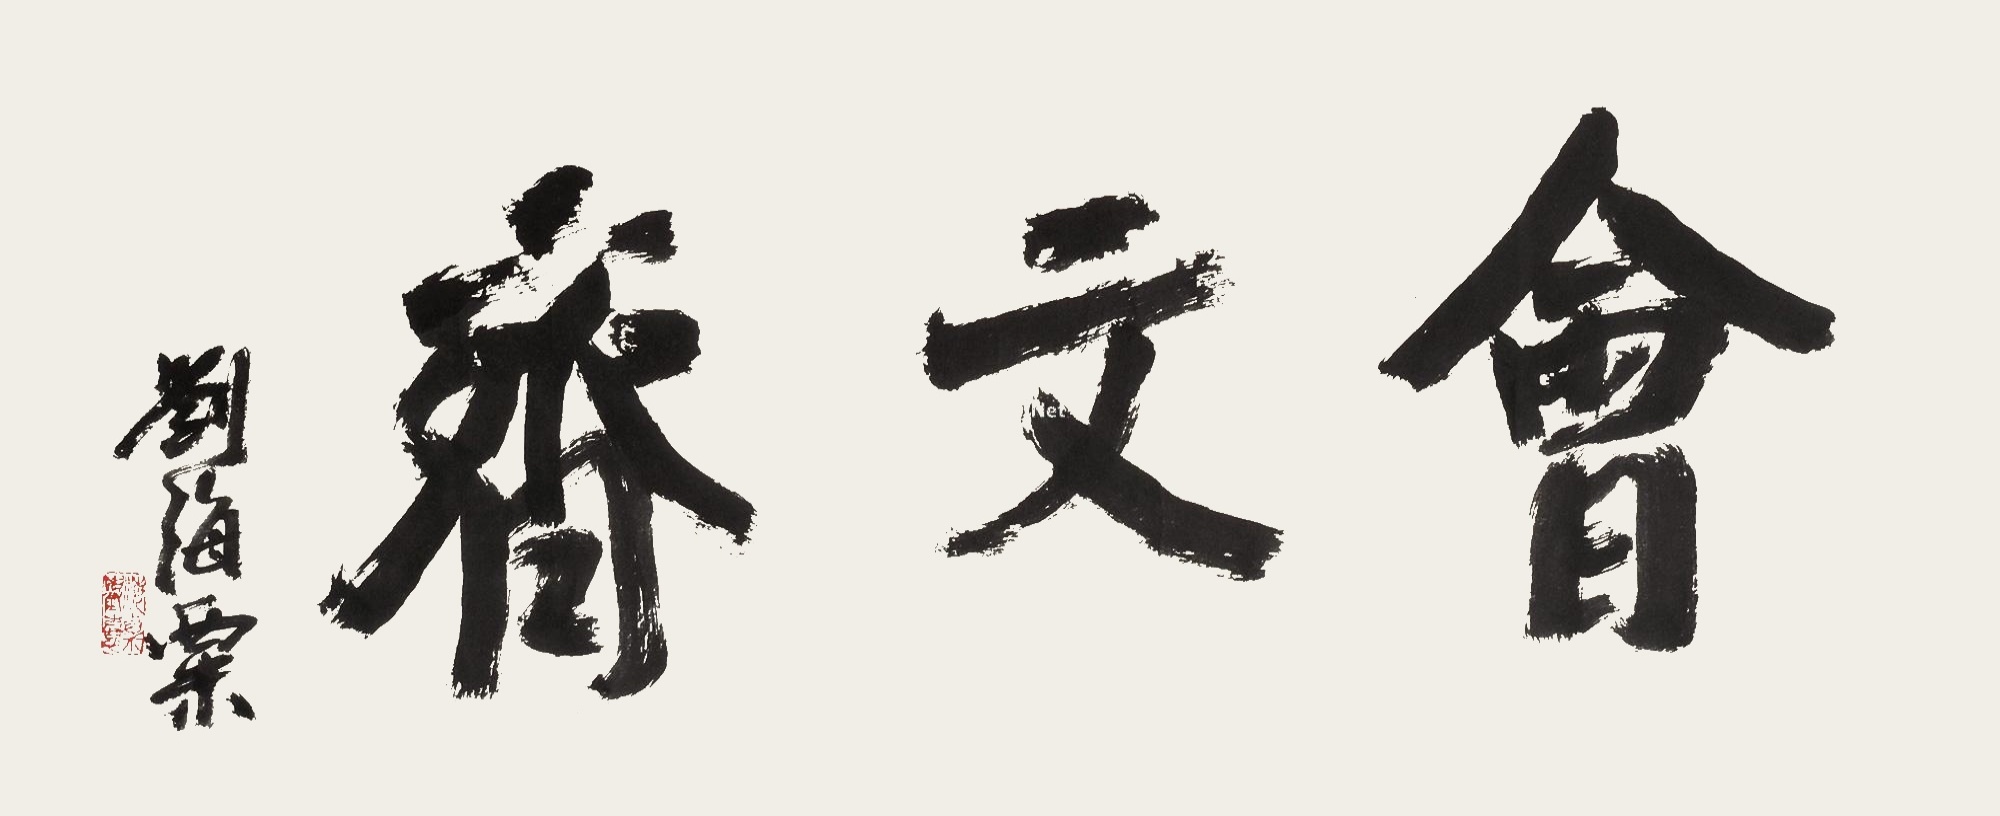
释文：会文斋。刘海粟。